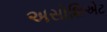
અસોશિએટ